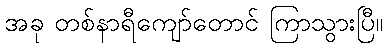
အခု တစ်နာရီကျော်တောင် ကြာသွားပြီ။